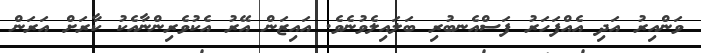
ވަންއިރު އަދި އެއްފަހަރު ފަސްއެނބުރި ބަލައިލެވުނެވެ. އައިޒަން އޭރު އެކުވެރިންނާއެކު ކާރަށް އަރަން